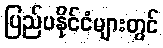
ပြည်ပနိုင်ငံများတွင်